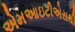
એમઆઇટીએસથી